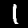
Digit: 1